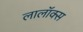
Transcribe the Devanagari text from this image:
लालॉक्स